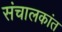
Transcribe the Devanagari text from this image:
संचालकांत